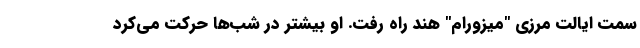
سمت ایالت مرزی "میزورام" هند راه رفت. او بیشتر در شب‌ها حرکت می‌کرد